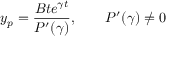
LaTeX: y _ { p } = { \frac { B t e ^ { \gamma t } } { P ^ { \prime } ( \gamma ) } } , \qquad P ^ { \prime } ( \gamma ) \neq 0